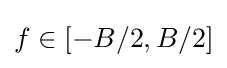
f\in [-B/2,B/2]